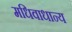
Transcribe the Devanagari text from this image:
मधिवाधान्य